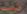
ليست